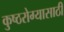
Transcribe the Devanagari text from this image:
कुष्ठरोग्यासाठी